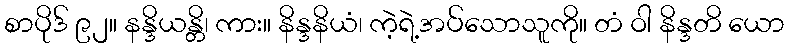
စာပိုဒ် ၉၂။ နန္ဒိယန္တိ၊ ကား။ နိန္ဒနိယံ၊ ကဲ့ရဲ့အပ်သောသူကို။ တံ ဝါ နိန္ဒတိ ယော